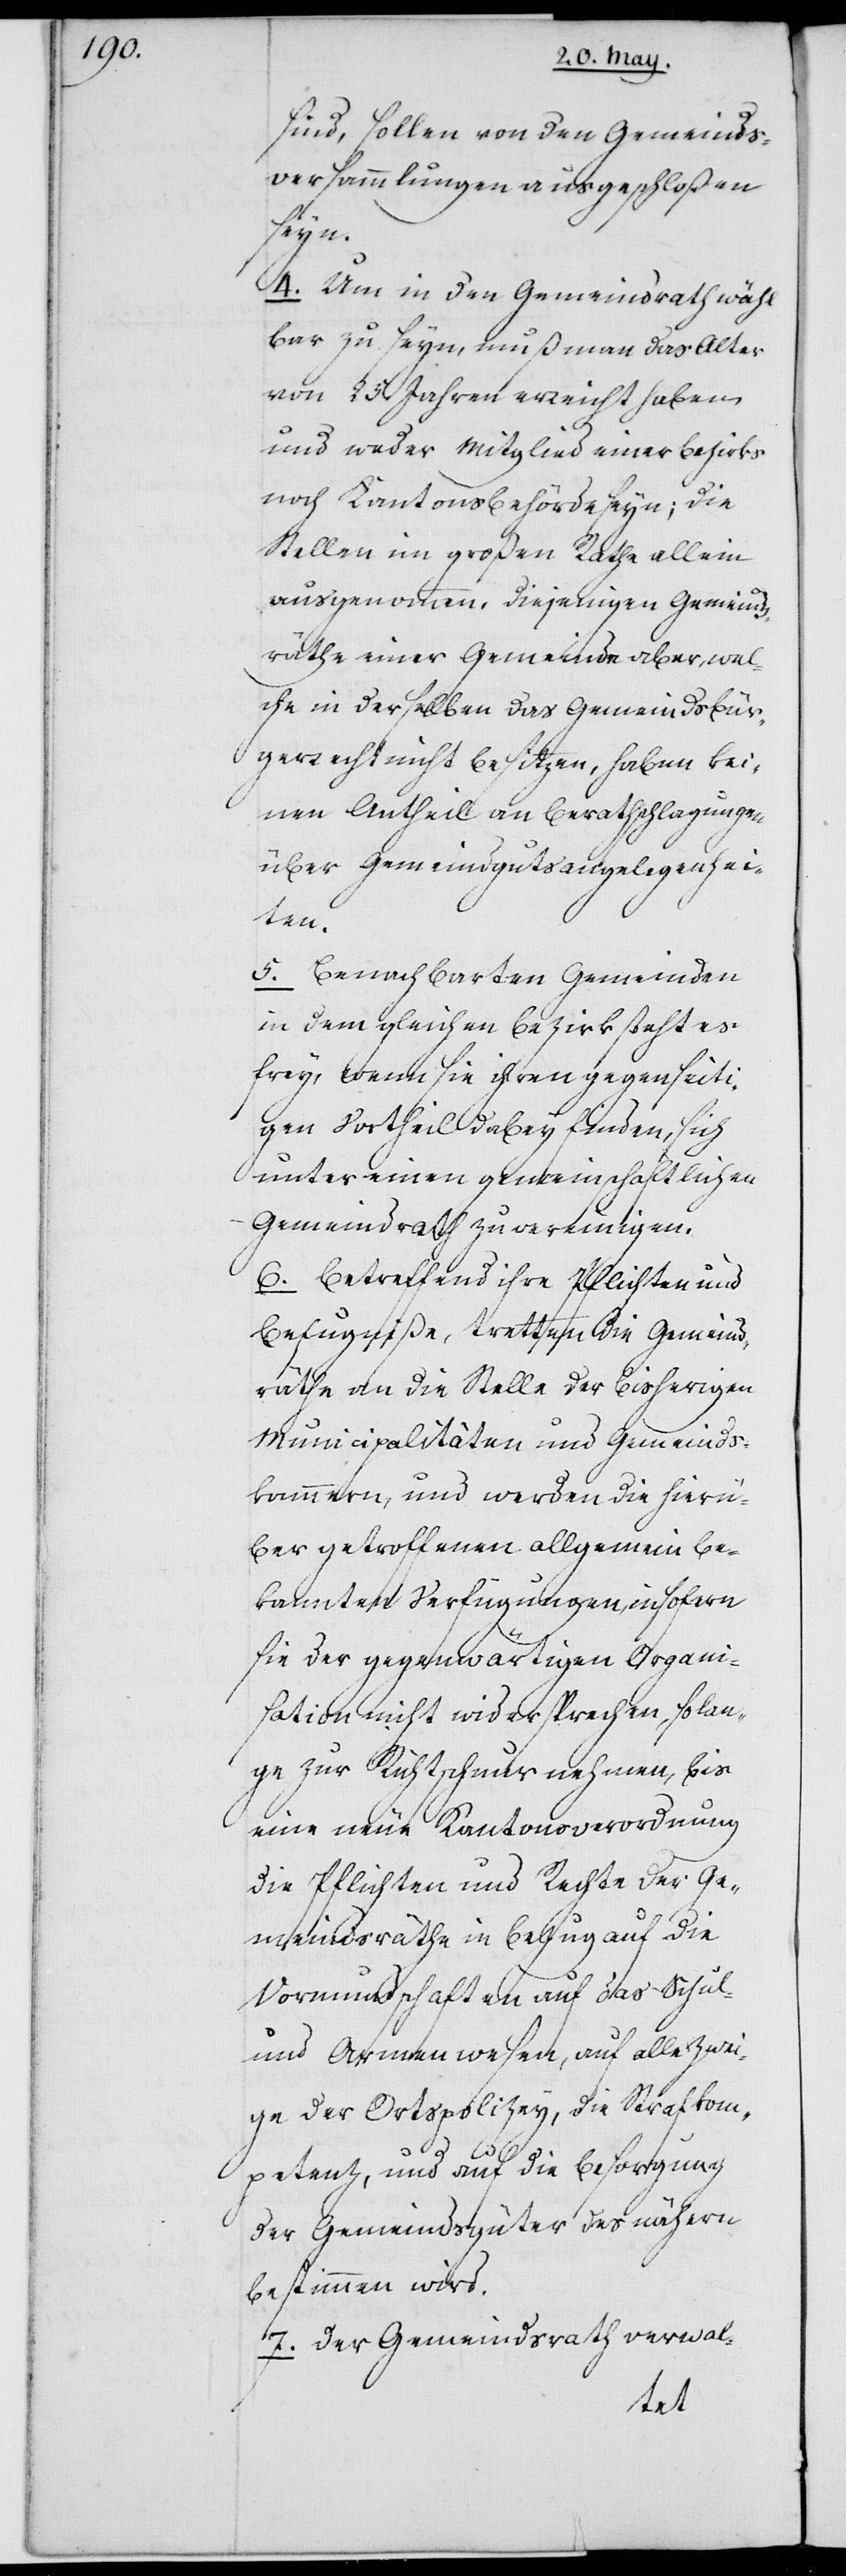
sind, sollen von den Gemeinds¬
versammlungen ausgeschloßen
seyn.
4. Um in den Gemeindsrath wähl¬
bar zu seyn, muß man das Alter
von 25. Jahren erreicht haben
und weder Mitglied einer Bezirks-
noch Kantonsbehörde seyn; die
Stellen im großen Rathe allein
ausgenommen, diejenigen Gemeinds¬
räthe einer Gemeinde aber, wel¬
che in derselben das Gemeindsbür¬
gerrecht nicht besitzen, haben kei¬
nen Antheil an Beratschlagungen
über Gemeindgutsangelegenhei¬
ten.
5. Benachbarten Gemeinden
in dem gleichen Bezirk steht es
frei, wenn sie ihren gegenseiti¬
gen Vortheil dabey finden, sich
unter einen gemeinschaftlichen
Gemeindrath zu vereinigen.
6. Betreffend ihre Pflichten und
Befugniße, tretten die Gemeind¬
räthe an die Stelle der bisherigen
Municipalitäten und Gemeinds¬
kammern, und werden die hierü¬
ber getroffenen allgemein be¬
kannten Verfügungen, insofern
sie der gegenwärtigen Organi¬
sation nicht widersprechen, solan¬
ge zur Richtschnur nehmen, bis
eine neue Kantonsverordnung
die Pflichten und Rechte der Ge¬
meindsräthe in Bezug auf die
Vormundschaften auf das Schul-
und Armenwesen, auf alle Zwei¬
ge der Ortspolizey, die Strafkom¬
petenz und auf die Besorgung
der Gemeindsgüter des nähern
bestimmen wird.
7. Der Gemeindsrath verwal-